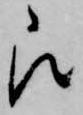
被